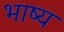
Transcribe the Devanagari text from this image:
भाष्‍य